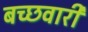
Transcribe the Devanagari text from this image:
बच्छवारी